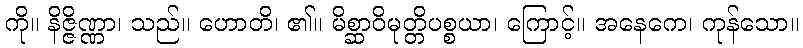
ကို။ နိဇ္ဇိဏ္ဏာ၊ သည်။ ဟောတိ၊ ၏။ မိစ္ဆာဝိမုတ္တိပစ္စယာ၊ ကြောင့်။ အနေကေ၊ ကုန်သော။